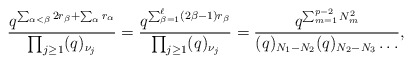
\begin{align*}\frac{q^{\sum_{\alpha<\beta}2r_{\beta}+\sum_{\alpha}r_{\alpha}}} {\prod_{j\geq1}(q)_{\nu_j}}= \frac{q^{\sum_{\beta=1}^{\ell}(2\beta-1)r_{\beta}}} {\prod_{j\geq1}(q)_{\nu_j}}= \frac{q^{\sum_{m=1}^{p-2}N_m^2}}{(q)_{N_1-N_2}(q)_{N_2-N_3}\dots}, \end{align*}